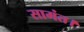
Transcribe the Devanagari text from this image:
सामंत।